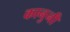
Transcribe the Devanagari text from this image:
कानुनी